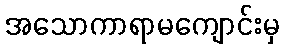
အသောကာရာမကျောင်းမှ